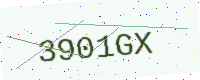
Text: 3901GX